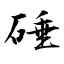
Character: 硾